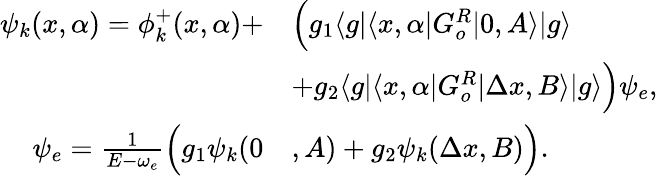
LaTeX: \begin{array}{rl}{\psi_{k}(x,\alpha)=\phi_{k}^{+}(x,\alpha)+}&{\Big(g_{1}\langle g|\langle x,\alpha|G_{o}^{R}|0,A\rangle|g\rangle}\\ &{+g_{2}\langle g|\langle x,\alpha|G_{o}^{R}|\Delta x,B\rangle|g\rangle\Big)\psi_{e},}\\ {\psi_{e}=\frac{1}{E-\omega_{e}}\Big(g_{1}\psi_{k}(0}&{,A)+g_{2}\psi_{k}(\Delta x,B)\Big).}\end{array}